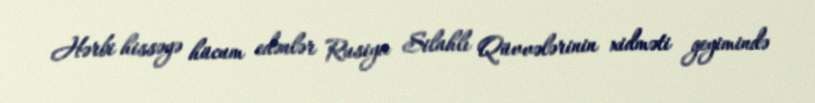
Hərbi hissəyə hücum edənlər Rusiya Silahlı Qüvvələrinin xidməti geyimində